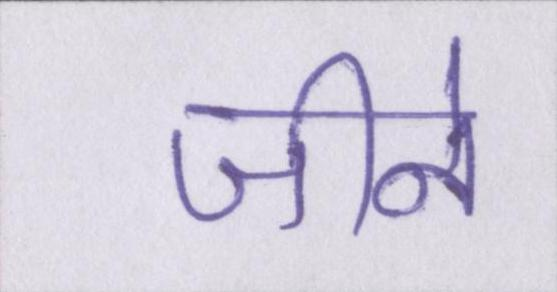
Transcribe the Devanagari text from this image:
जीने